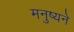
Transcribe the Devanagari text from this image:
मनुष्यने